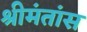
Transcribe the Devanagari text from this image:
श्रीमंतांस